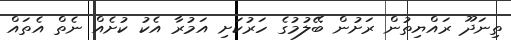
ތިނަދޫ ރައްޔިތުން ރަށުން ބޭލުމުގެ ހަރުކަށި އަމުރާ އެކު ކުށެއް ނެތް އެތައް